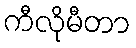
ကီလိုမီတာ